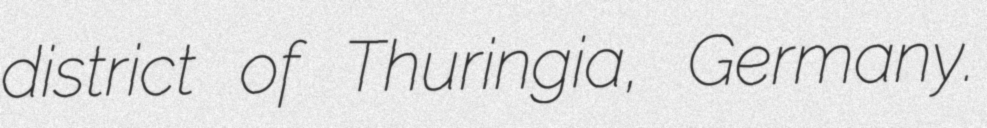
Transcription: district of Thuringia, Germany.